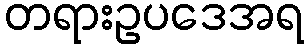
တရားဥပဒေအရ